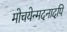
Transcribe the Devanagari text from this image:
मोचयेन्मदनादपि